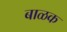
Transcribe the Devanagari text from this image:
बाळक